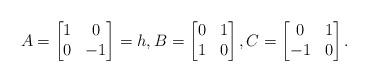
LaTeX: \begin{align*}A=\begin{bmatrix}1 &0 \\0 &-1\end{bmatrix}=h,B=\begin{bmatrix}0 &1 \\1 &0\end{bmatrix},C=\begin{bmatrix}0 &1 \\-1 &0 \end{bmatrix}.\end{align*}